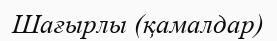
Шағырлы (қамалдар)